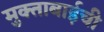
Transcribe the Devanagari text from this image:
मुक्ताबाईची